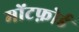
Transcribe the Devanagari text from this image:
मोंटफ़ोर्ड